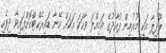
ލޫދިފާ އަކީ މުއުމިން ފުއާދުގެ އަމިއްލަ ވާހަކަ އަކަށް އޭނާ ޑައިރެކްޓްކޮށްފައިވާ ދިވެހި